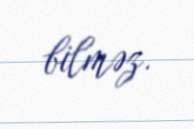
bilməz.